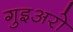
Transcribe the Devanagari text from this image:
गुइअरो